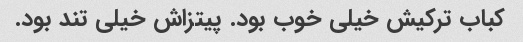
کباب ترکیش خیلی خوب بود. پیتزاش خیلی تند بود.